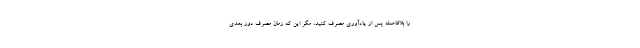
را بلافاصله پس از یادآوری مصرف کنید، مگر این که زمان مصرف دوز بعدی